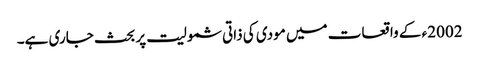
2002ء کے واقعات میں مودی کی ذاتی شمولیت پر بحث جاری ہے۔